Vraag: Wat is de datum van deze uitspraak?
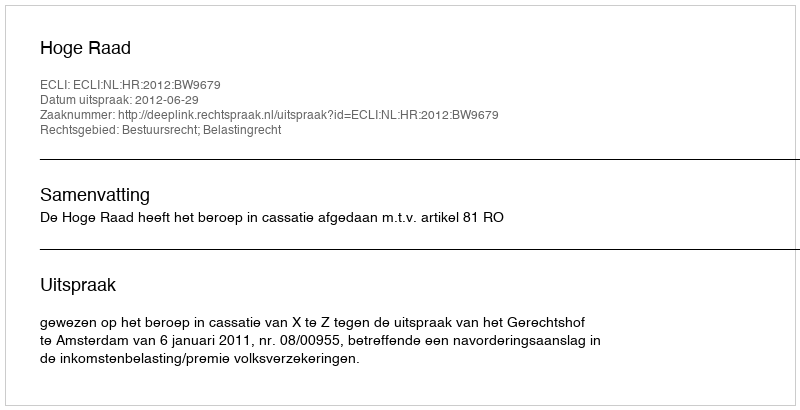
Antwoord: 2012-06-29